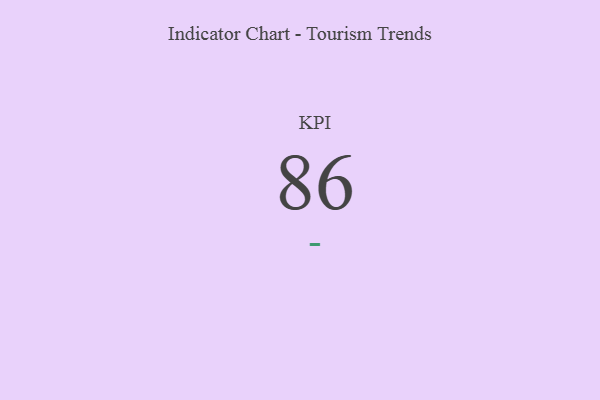
{"axis": {"x": "KPI", "y": "Value"}, "legend": [""], "data": [{"x": "KPI", "y": 86, "type": ""}]}